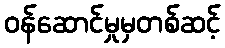
ဝန်ဆောင်မှုမှတစ်ဆင့်